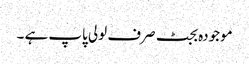
موجودہ بجٹ صرف لولی پاپ ہے ۔